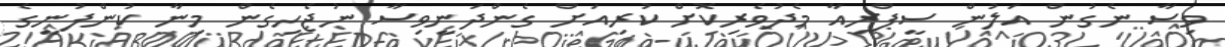
ވިސާ ނެގުން އަލުން ސީޕްރިއާ މެދުވެރިކޮށް ކުރިއަށް ގެންދަނީވިސާ ނުޖެހިގެން މިނާ ކުންފުނީގެ